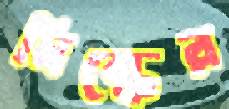
মিল্কের